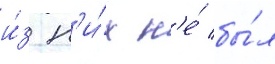
и́з н'и́х н'е́ бы́л